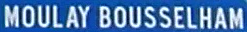
MOULAY BOUSSELHAM